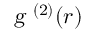
{ \textsl { g } } ^ { ( 2 ) } { ( r ) }